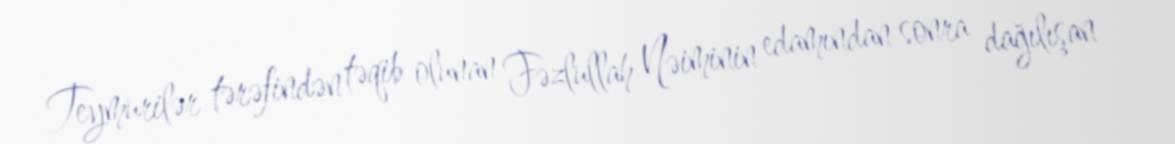
Teymurilər tərəfindən təqib olunan Fəzlullah Nəiminin edamından sonra dağılışan